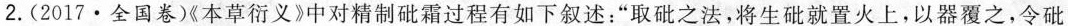
2.(2017·全国卷)《本草衍义》中对精制砒霜过程有如下叙述：”取砒之法，将生砒就置火上，以器覆之，令砒